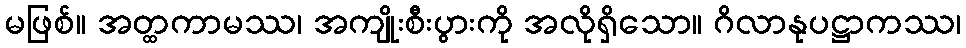
မဖြစ်။ အတ္ထကာမဿ၊ အကျိုးစီးပွားကို အလိုရှိသော။ ဂိလာနုပဋ္ဌာကဿ၊